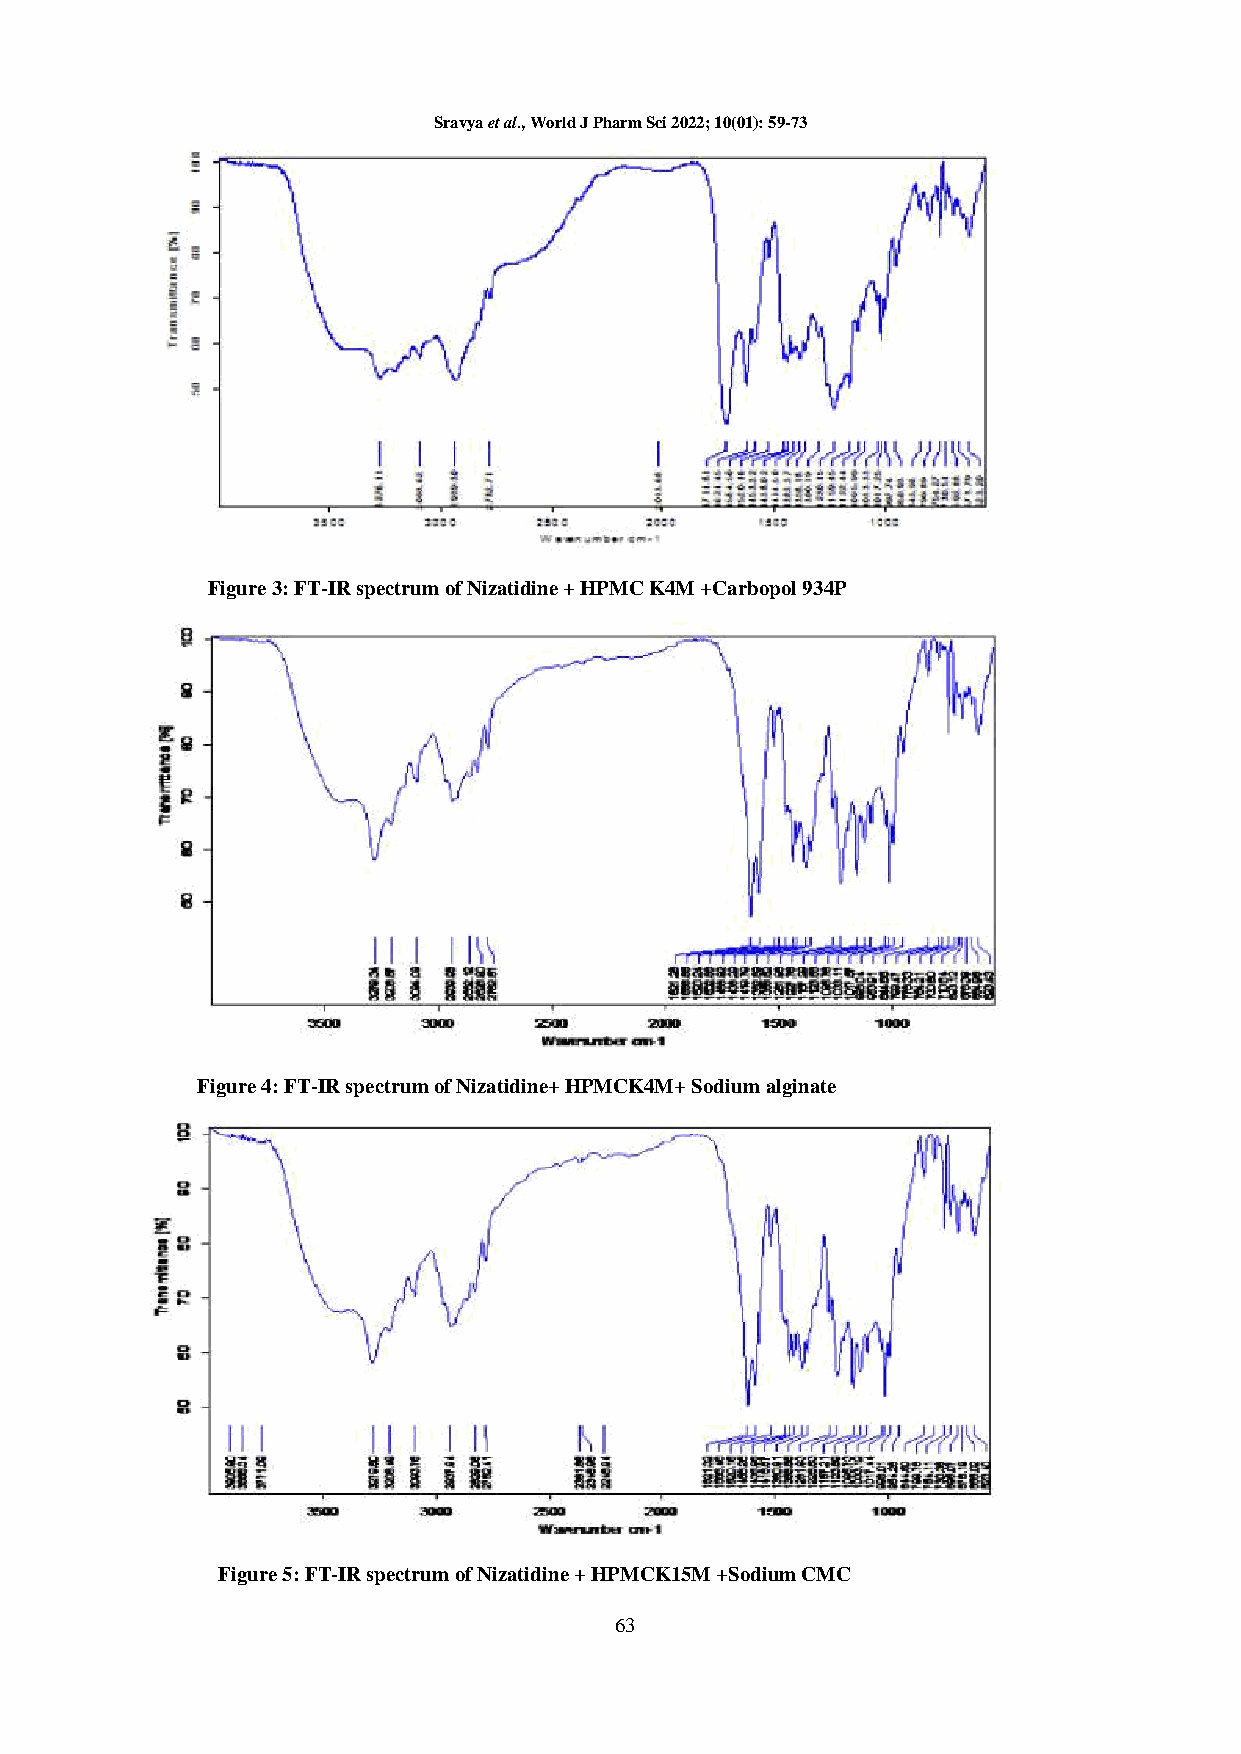
Sravya et al., World J Pharm Sci 2022; 10(01): 59-73
 Figure 3: FT-IR spectrum of Nizatidine + HPMC K4M +Carbopol 934P
 Figure 4: FT-IR spectrum of Nizatidine+ HPMCK4M+ Sodium alginate
 Figure 5: FT-IR spectrum of Nizatidine + HPMCK15M +Sodium CMC
 63